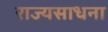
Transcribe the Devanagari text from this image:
राज्यसाधना